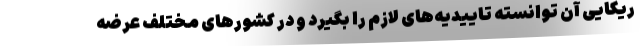
ریکایی آن توانسته تاییدیه‌های لازم را بگیرد و در کشورهای مختلف عرضه